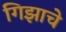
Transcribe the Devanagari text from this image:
गिझाचे